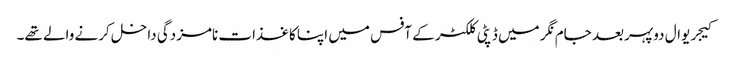
کیجریوال دوپہر بعد جام نگر میں ڈپٹی کلکٹر کے آفس میں اپنا کاغذات نامزدگی داخل کرنے والے تھے۔